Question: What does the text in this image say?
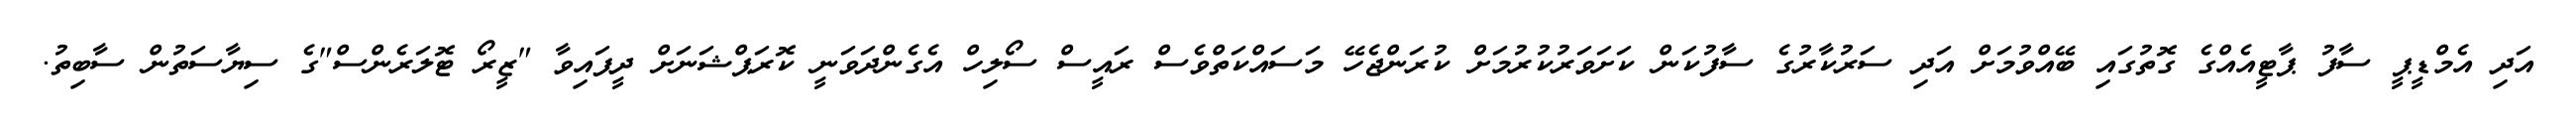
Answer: އަދި އެމްޑީޕީ ސާފު ޕާޓީއެއްގެ ގޮތުގައި ބޭއްވުމަށް އަދި ސަރުކާރުގެ ސާފުކަން ކަށަވަރުކުރުމަށް ކުރަންޖެހޭ މަސައްކަތްވެސް ރައީސް ސޯލިހް އެގެންދަވަނީ ކޮރަޕްޝަނަށް ދީފައިވާ "ޒީރޯ ޓޮލަރެންސް"ގެ ސިޔާސަތުން ސާބިތު.